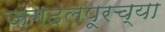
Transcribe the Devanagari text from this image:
जगदलपूरच्या